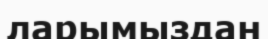
ларымыздан